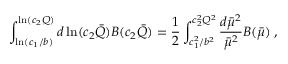
\int _ { \ln ( c _ { 1 } / b ) } ^ { \ln ( c _ { 2 } Q ) } d \ln ( c _ { 2 } \bar { Q } ) B ( c _ { 2 } \bar { Q } ) = { \frac { 1 } { 2 } } \int _ { c _ { 1 } ^ { 2 } / b ^ { 2 } } ^ { c _ { 2 } ^ { 2 } Q ^ { 2 } } { \frac { d \bar { \mu } ^ { 2 } } { \bar { \mu } ^ { 2 } } } B ( \bar { \mu } ) \; ,